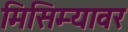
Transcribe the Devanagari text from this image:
मिसिम्यावर